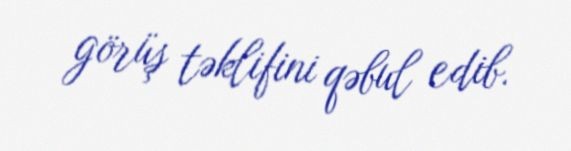
görüş təklifini qəbul edib.